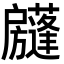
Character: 𢩣